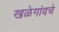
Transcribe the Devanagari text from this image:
खळेगांवचे